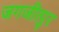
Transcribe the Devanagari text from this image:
जगजीत्पुर